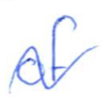
Text: of
Cross-out: wave
Writing tool: ballpoint